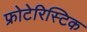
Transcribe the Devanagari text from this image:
फ्रोटेरिस्टिक